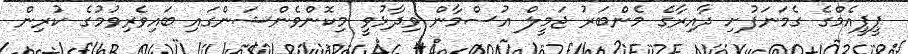
ޕީޕީއެމްގެ ގެމަނަފުށި ދާއިރާގެ މެންބަރު ޖަމީލް އުސްމާން ވިދާޅުވީ މިކޮންވެންޝަންގައި ބައިވެރިވުމުގެ ކުރިން